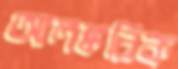
আলঙ্করিক